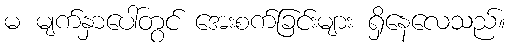
မ မျက်နှာပေါ်တွင် အေးစက်ခြင်းများ ရှိနေလေသည်။